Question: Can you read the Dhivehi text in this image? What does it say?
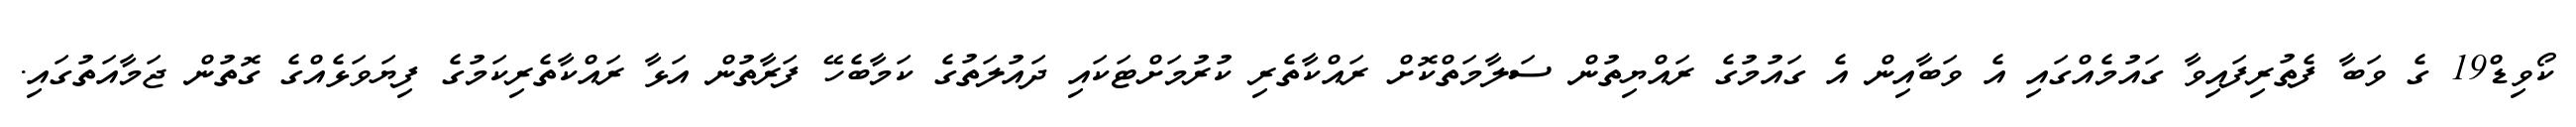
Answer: ކޯވިޑް19 ގެ ވަބާ ފެތުރިފައިވާ ގައުމެއްގައި އެ ވަބާއިން އެ ގައުމުގެ ރައްޔިތުން ސަލާމަތްކޮށް ރައްކާތެރި ކުރުމަށްޓަކައި ދައުލަތުގެ ކަމާބެހޭ ފަރާތުން އަޅާ ރައްކާތެރިކަމުގެ ފިޔަވަޅެއްގެ ގޮތުން ޖަމާއަތުގައި.